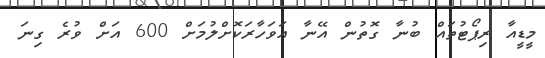
މީޑީއާ ރިޕޯޓުތައް ބުނާ ގޮތުން އޭނާ އަވަހާރަކޮށްލުމަށް 600 އަށް ވުރެ ގިނަ